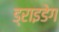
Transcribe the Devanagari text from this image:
ड्राइडेग